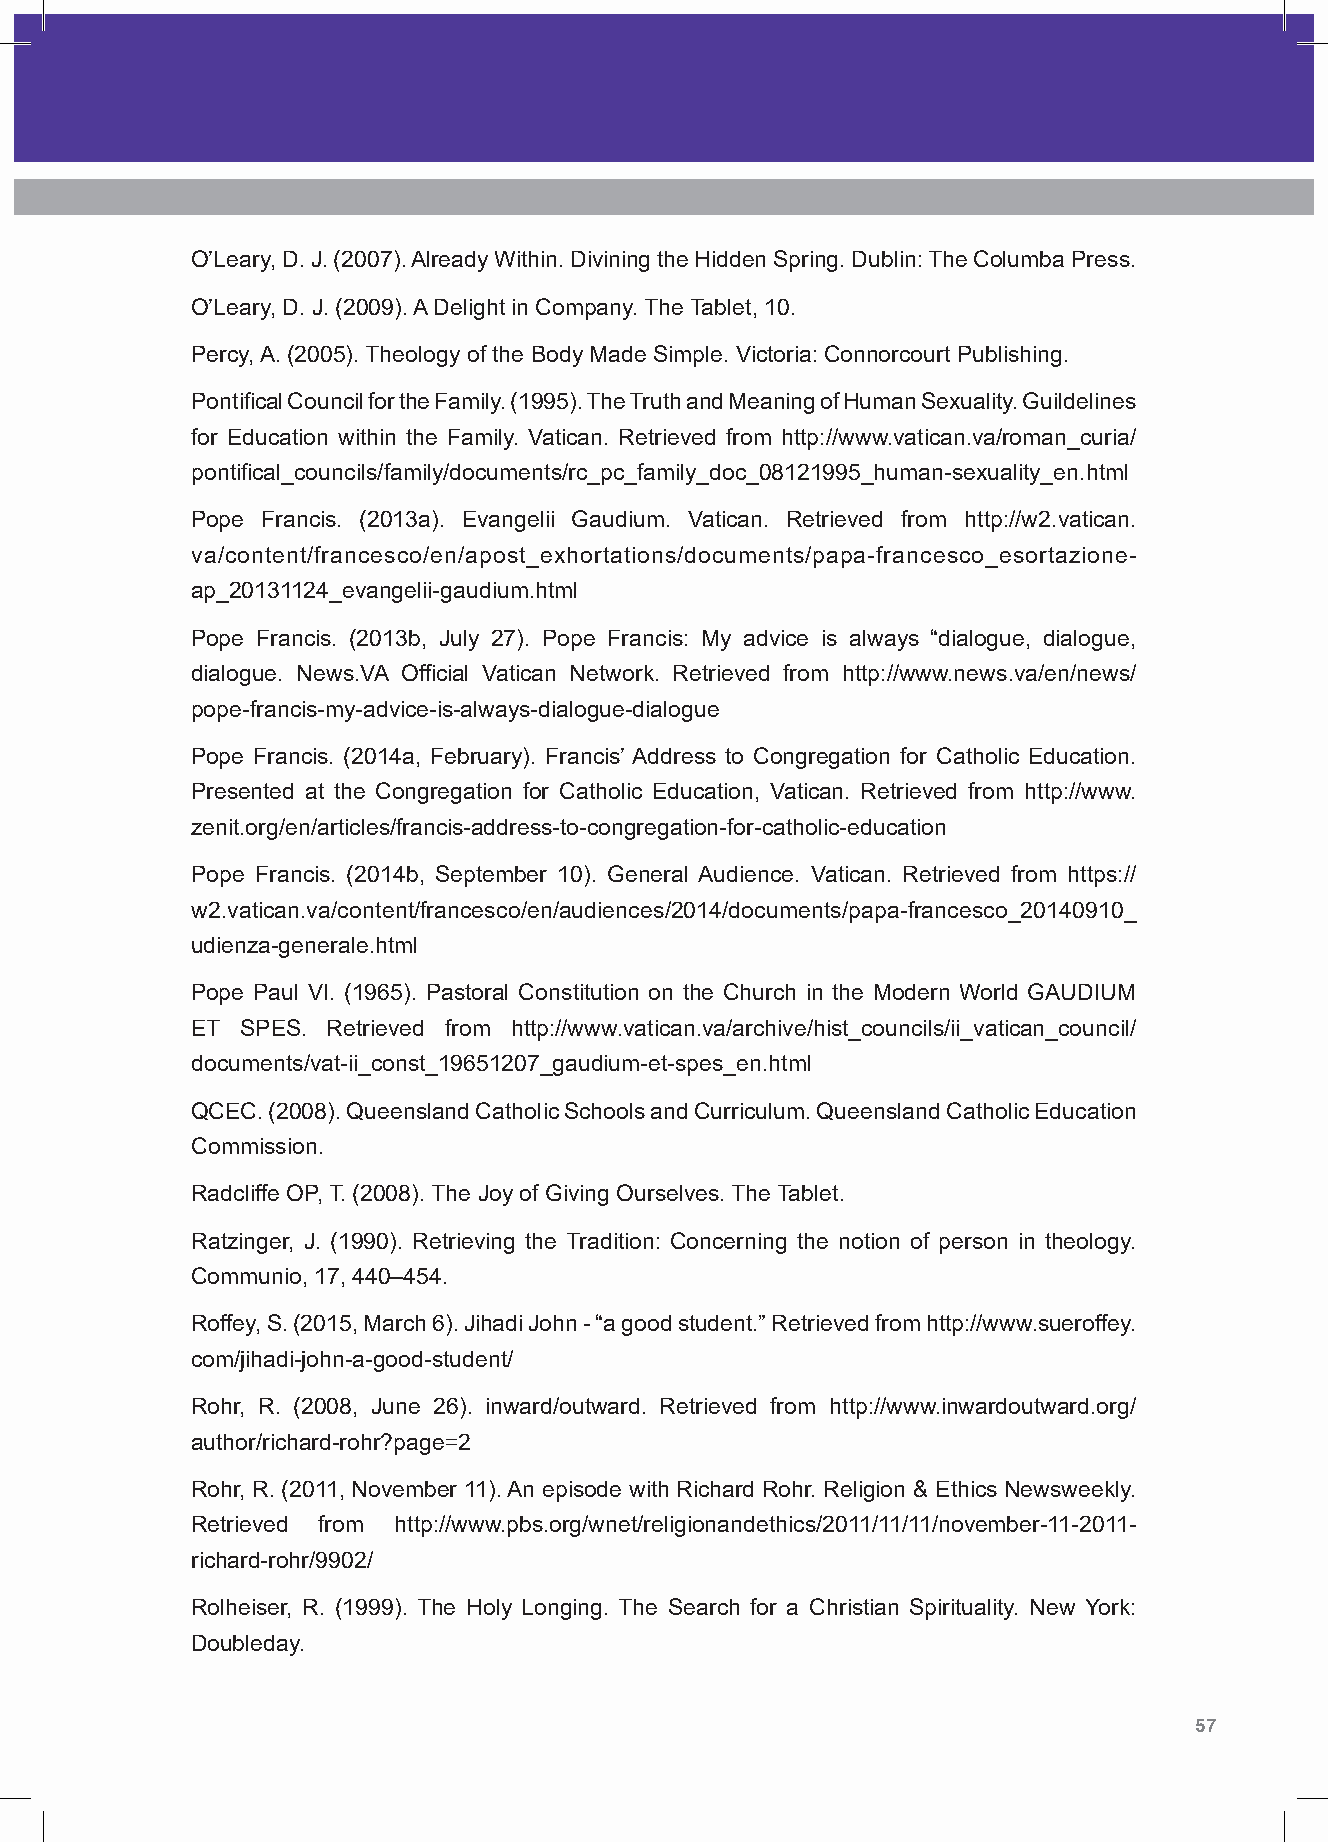
O’Leary, D. J. (2007). Already Within. Divining the Hidden Spring. Dublin: The Columba Press.
 O’Leary, D. J. (2009). A Delight in Company. The Tablet, 10.
 Percy, A. (2005). Theology of the Body Made Simple. Victoria: Connorcourt Publishing.
 Pontifical Council for the Family. (1995). The Truth and Meaning of Human Sexuality. Guildelines
 for Education within the Family. Vatican. Retrieved from http://www.vatican.va/roman_curia/
 pontifical_councils/family/documents/rc_pc_family_doc_08121995_human-sexuality_en.html
 Pope Francis. (2013a). Evangelii Gaudium. Vatican. Retrieved from http://w2.vatican.
 va/content/francesco/en/apost_exhortations/documents/papa-francesco_esortazione-
 ap_20131124_evangelii-gaudium.html
 Pope Francis. (2013b, July 27). Pope Francis: My advice is always “dialogue, dialogue,
 dialogue. News.VA Official Vatican Network. Retrieved from http://www.news.va/en/news/
 pope-francis-my-advice-is-always-dialogue-dialogue
 Pope Francis. (2014a, February). Francis’ Address to Congregation for Catholic Education.
 Presented at the Congregation for Catholic Education, Vatican. Retrieved from http://www.
 zenit.org/en/articles/francis-address-to-congregation-for-catholic-education
 Pope Francis. (2014b, September 10). General Audience. Vatican. Retrieved from https://
 w2.vatican.va/content/francesco/en/audiences/2014/documents/papa-francesco_20140910_
 udienza-generale.html
 Pope Paul VI. (1965). Pastoral Constitution on the Church in the Modern World GAUDIUM
 ET SPES. Retrieved from http://www.vatican.va/archive/hist_councils/ii_vatican_council/
 documents/vat-ii_const_19651207_gaudium-et-spes_en.html
 QCEC. (2008). Queensland Catholic Schools and Curriculum. Queensland Catholic Education
 Commission.
 Radcliffe OP, T. (2008). The Joy of Giving Ourselves. The Tablet.
 Ratzinger, J. (1990). Retrieving the Tradition: Concerning the notion of person in theology.
 Communio, 17, 440–454.
 Roffey, S. (2015, March 6). Jihadi John - “a good student.” Retrieved from http://www.sueroffey.
 com/jihadi-john-a-good-student/
 Rohr, R. (2008, June 26). inward/outward. Retrieved from http://www.inwardoutward.org/
 author/richard-rohr?page=2
 Rohr, R. (2011, November 11). An episode with Richard Rohr. Religion & Ethics Newsweekly.
 Retrieved from http://www.pbs.org/wnet/religionandethics/2011/11/11/november-11-2011-
 richard-rohr/9902/
 Rolheiser, R. (1999). The Holy Longing. The Search for a Christian Spirituality. New York:
 Doubleday.
 56 Shape Paper - A Catholic Perspective on Relationships and Sexuality Education - Australian Curriculum: Health and Physical Education 57